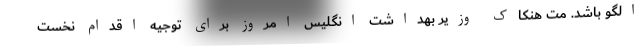
الگو باشد. مت هنکاک وزیر بهداشت انگلیس امروز برای توجیه اقدام نخست